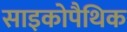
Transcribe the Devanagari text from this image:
साइकोपैथिक